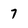
Character: 7